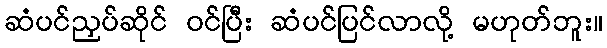
ဆံပင်ညှပ်ဆိုင် ဝင်ပြီး ဆံပင်ပြင်လာလို့ မဟုတ်ဘူး။